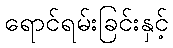
ရောင်ရမ်းခြင်းနှင့်